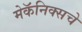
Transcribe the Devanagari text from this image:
मेकॅनिक्सचे